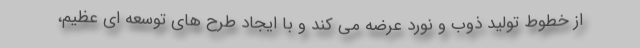
از خطوط توليد ذوب و نورد عرضه مي كند و با ايجاد طرح هاي توسعه اي عظيم،